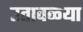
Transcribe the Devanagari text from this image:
उतावळ्या